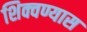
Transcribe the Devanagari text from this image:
शिक्वण्यास